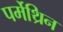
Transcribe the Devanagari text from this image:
पर्मेथ्रिन